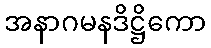
အနာဂမနဒိဋ္ဌိကော